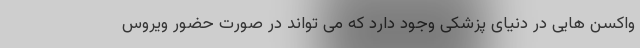
واکسن هایی در دنیای پزشکی وجود دارد که می تواند در صورت حضور ویروس